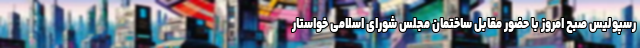
رسپولیس صبح امروز با حضور مقابل ساختمان مجلس شورای اسلامی خواستار